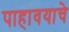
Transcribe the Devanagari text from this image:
पाहावयाचे